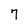
Character: 7